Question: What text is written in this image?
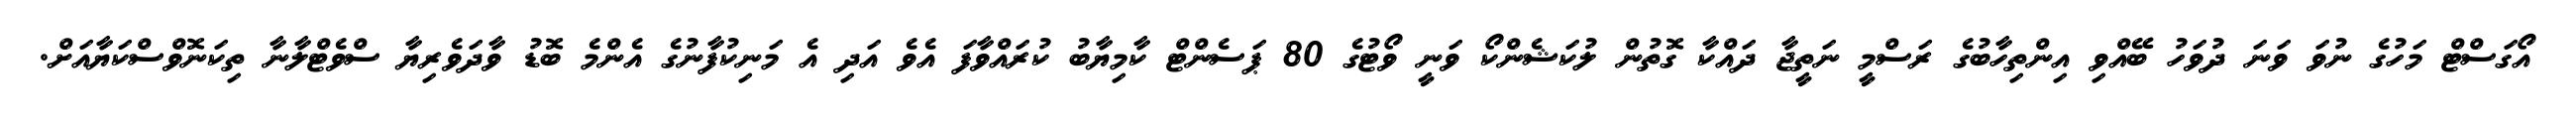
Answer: އޯގަސްޓް މަހުގެ ނުވަ ވަނަ ދުވަހު ބޭއްވި އިންތިހާބުގެ ރަސްމީ ނަތީޖާ ދައްކާ ގޮތުން ލުކަޝެންކޯ ވަނީ ވޯޓުގެ 80 ޕަސެންޓް ކާމިޔާބު ކުރައްވާފަ އެވެ އަދި އެ މަނިކުފާނުގެ އެންމެ ބޮޑު ވާދަވެރިޔާ ސްވެޓްލާނާ ތިކަނޮވްސްކަޔާއަށް.